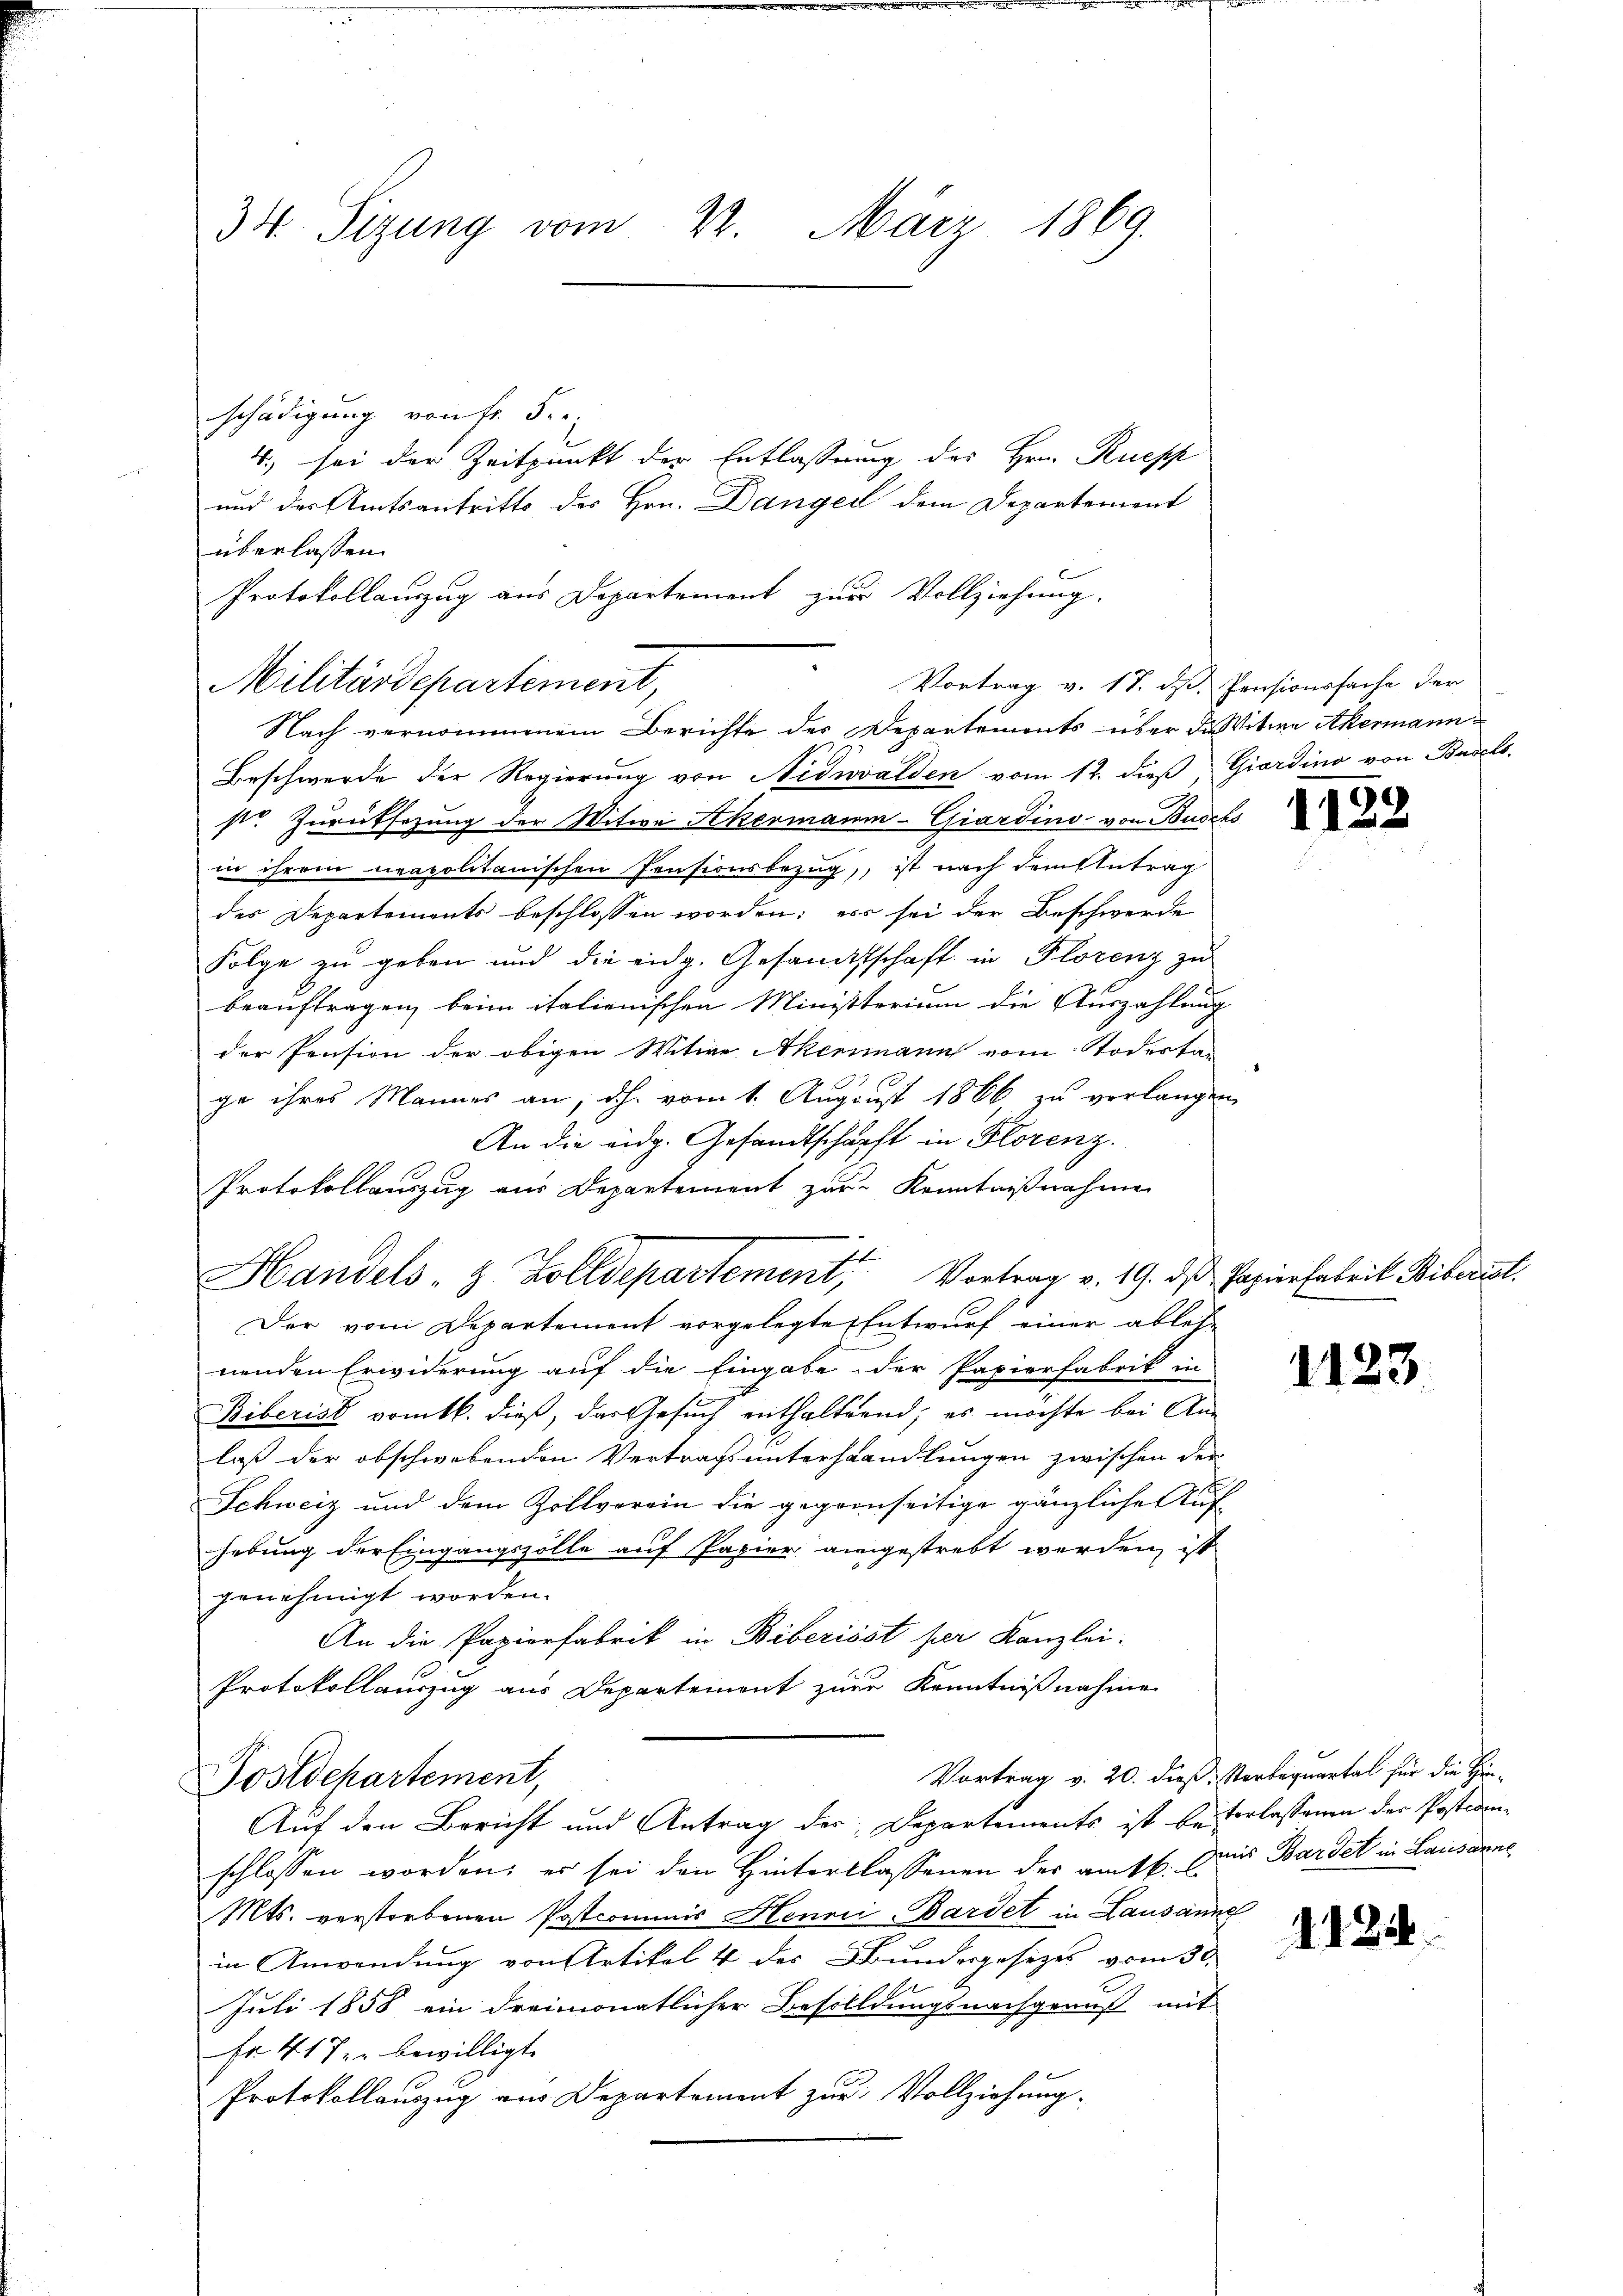
34 Sizung vom 22. März 1869.

schädigung von Fr. 5.
4. sei der Zeitpunkt der Entlassung des Hrn. Ruepp
und des Amtsantritts des Hrn. Dangel dem Departement
überlassen.
Militärdepartement,
Beschwerde der Regierung von Nidwalden vom 12. dieß, Giordino von Basels
st. Zurücksetzung der Witwe Akermann-Giardino von Buschs
in ihrem neapolitanischen Pensionsbezug, ist nach dem Antrag
des Departements beschlossen worden; es sei der Beschwerde
Folge zu geben und die eidg. Gesandtschaft in Florenz zu
beauftragen, beim italienischen Ministerium die Auszahlung
der Pension der obigen Witwe Akermann vom Todesta-
ge ihres Mannes an, dh. vom 1. August 1866 zu verlangen,
An die eidg. Gesandtschärft in Florenz.
Protokollauszug aus Departement zur Kenntnißnahme
Der vom Departement vorgelegte Entwurf einer ables-
nenden Erwiderung auf die Eingabe der Papierfabrik in
Biberist vomtl. dieß, das Gesuch enthaltend; es möchte bei An-
laß der obschwebenden Vertrag unterhandlungen zwischen der
Schweiz und dem Zollverein die gegenseitige gänzlicher Auf
hebung der Eingangszölle auf Papier angestrebt werden, ist
genehmigt worden.
An die Papierfabrik in Biberisst per Kanzlei.
Protokollauszug aus Departement zur Kenntnißnahme
Vortrag v. 20. dieß Sterbequartal für die Hin-
Postdepartement,
Auf den Bericht und Antrag der Departements ist bevorlassenen der Postden-
schlossen worden; es sei den Hinterlassenen der amtl. Das Bardet in Lausanne
Mts. verstorbenen Postcommis Henniardet in Lausanne
in Anwendung von Artikel 4 des Bundesgesetzes vom 30.
Juli 1858 ein dreimonatlicher Besilldungsnachgenuß mit
fr 417. bewilligt.
Protokollauszug von Departement zur Vollziehung.

Ithe
Handels- & Zolldepartement, Vortrag v. 19. dβ Papierfabrik Biberist.

Protokollauszug aus Departement zur Vollziehung.
Vortrag v. 17. ds. Pensionssache der
Nach vernommenem Berichte der Departements über die Witwe Akermann¬

1122

1123

1124